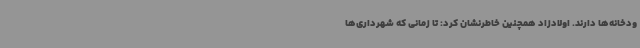
ودخانه‌ها دارند. اولادزاد همچنین خاطرنشان کرد: تا زمانی که شهرداری‌ها